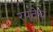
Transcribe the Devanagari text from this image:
रयतेचं